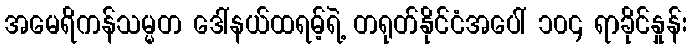
အမေရိကန်သမ္မတ ဒေါ်နယ်ထရမ့်ရဲ့ တရုတ်နိုင်ငံအပေါ် ၁၀၄ ရာခိုင်နှုန်း